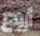
أروع